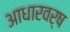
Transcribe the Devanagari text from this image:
आधारवर्ष